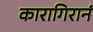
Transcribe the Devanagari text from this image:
कारागिरानं